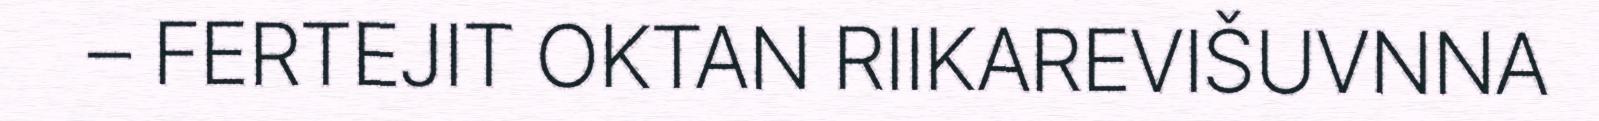
– FERTEJIT OKTAN RIIKAREVIŠUVNNA